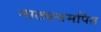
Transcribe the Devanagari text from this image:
नाट्यसमर्पित